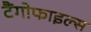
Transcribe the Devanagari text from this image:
टैंगोफाइल्स